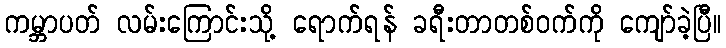
ကမ္ဘာပတ် လမ်းကြောင်းသို့ ရောက်ရန် ခရီးတာတစ်ဝက်ကို ကျော်ခဲ့ပြီ။